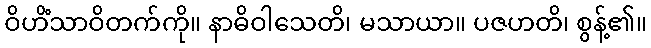
ဝိဟိံသာဝိတက်ကို။ နာဓိဝါသေတိ၊ မသာယာ။ ပဇဟတိ၊ စွန့်၏။